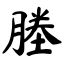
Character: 塍